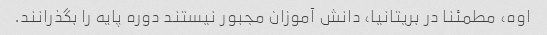
اوه، مطمئنا در بریتانیا، دانش آموزان مجبور نیستند دوره پایه را بگذرانند.